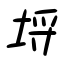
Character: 埓